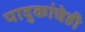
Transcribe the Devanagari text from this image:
पादुकांचेही